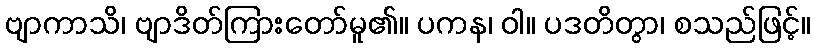
ဗျာကာသိ၊ ဗျာဒိတ်ကြားတော်မူ၏။ ပကန၊ ဝါ။ ပဒတိတွာ၊ စသည်ဖြင့်။